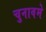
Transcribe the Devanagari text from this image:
चुनावमे